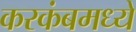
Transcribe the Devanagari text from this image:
करकंबमध्ये